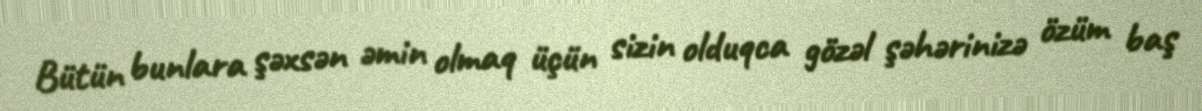
Bütün bunlara şəxsən əmin olmaq üçün sizin olduqca gözəl şəhərinizə özüm baş